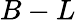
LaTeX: B-L